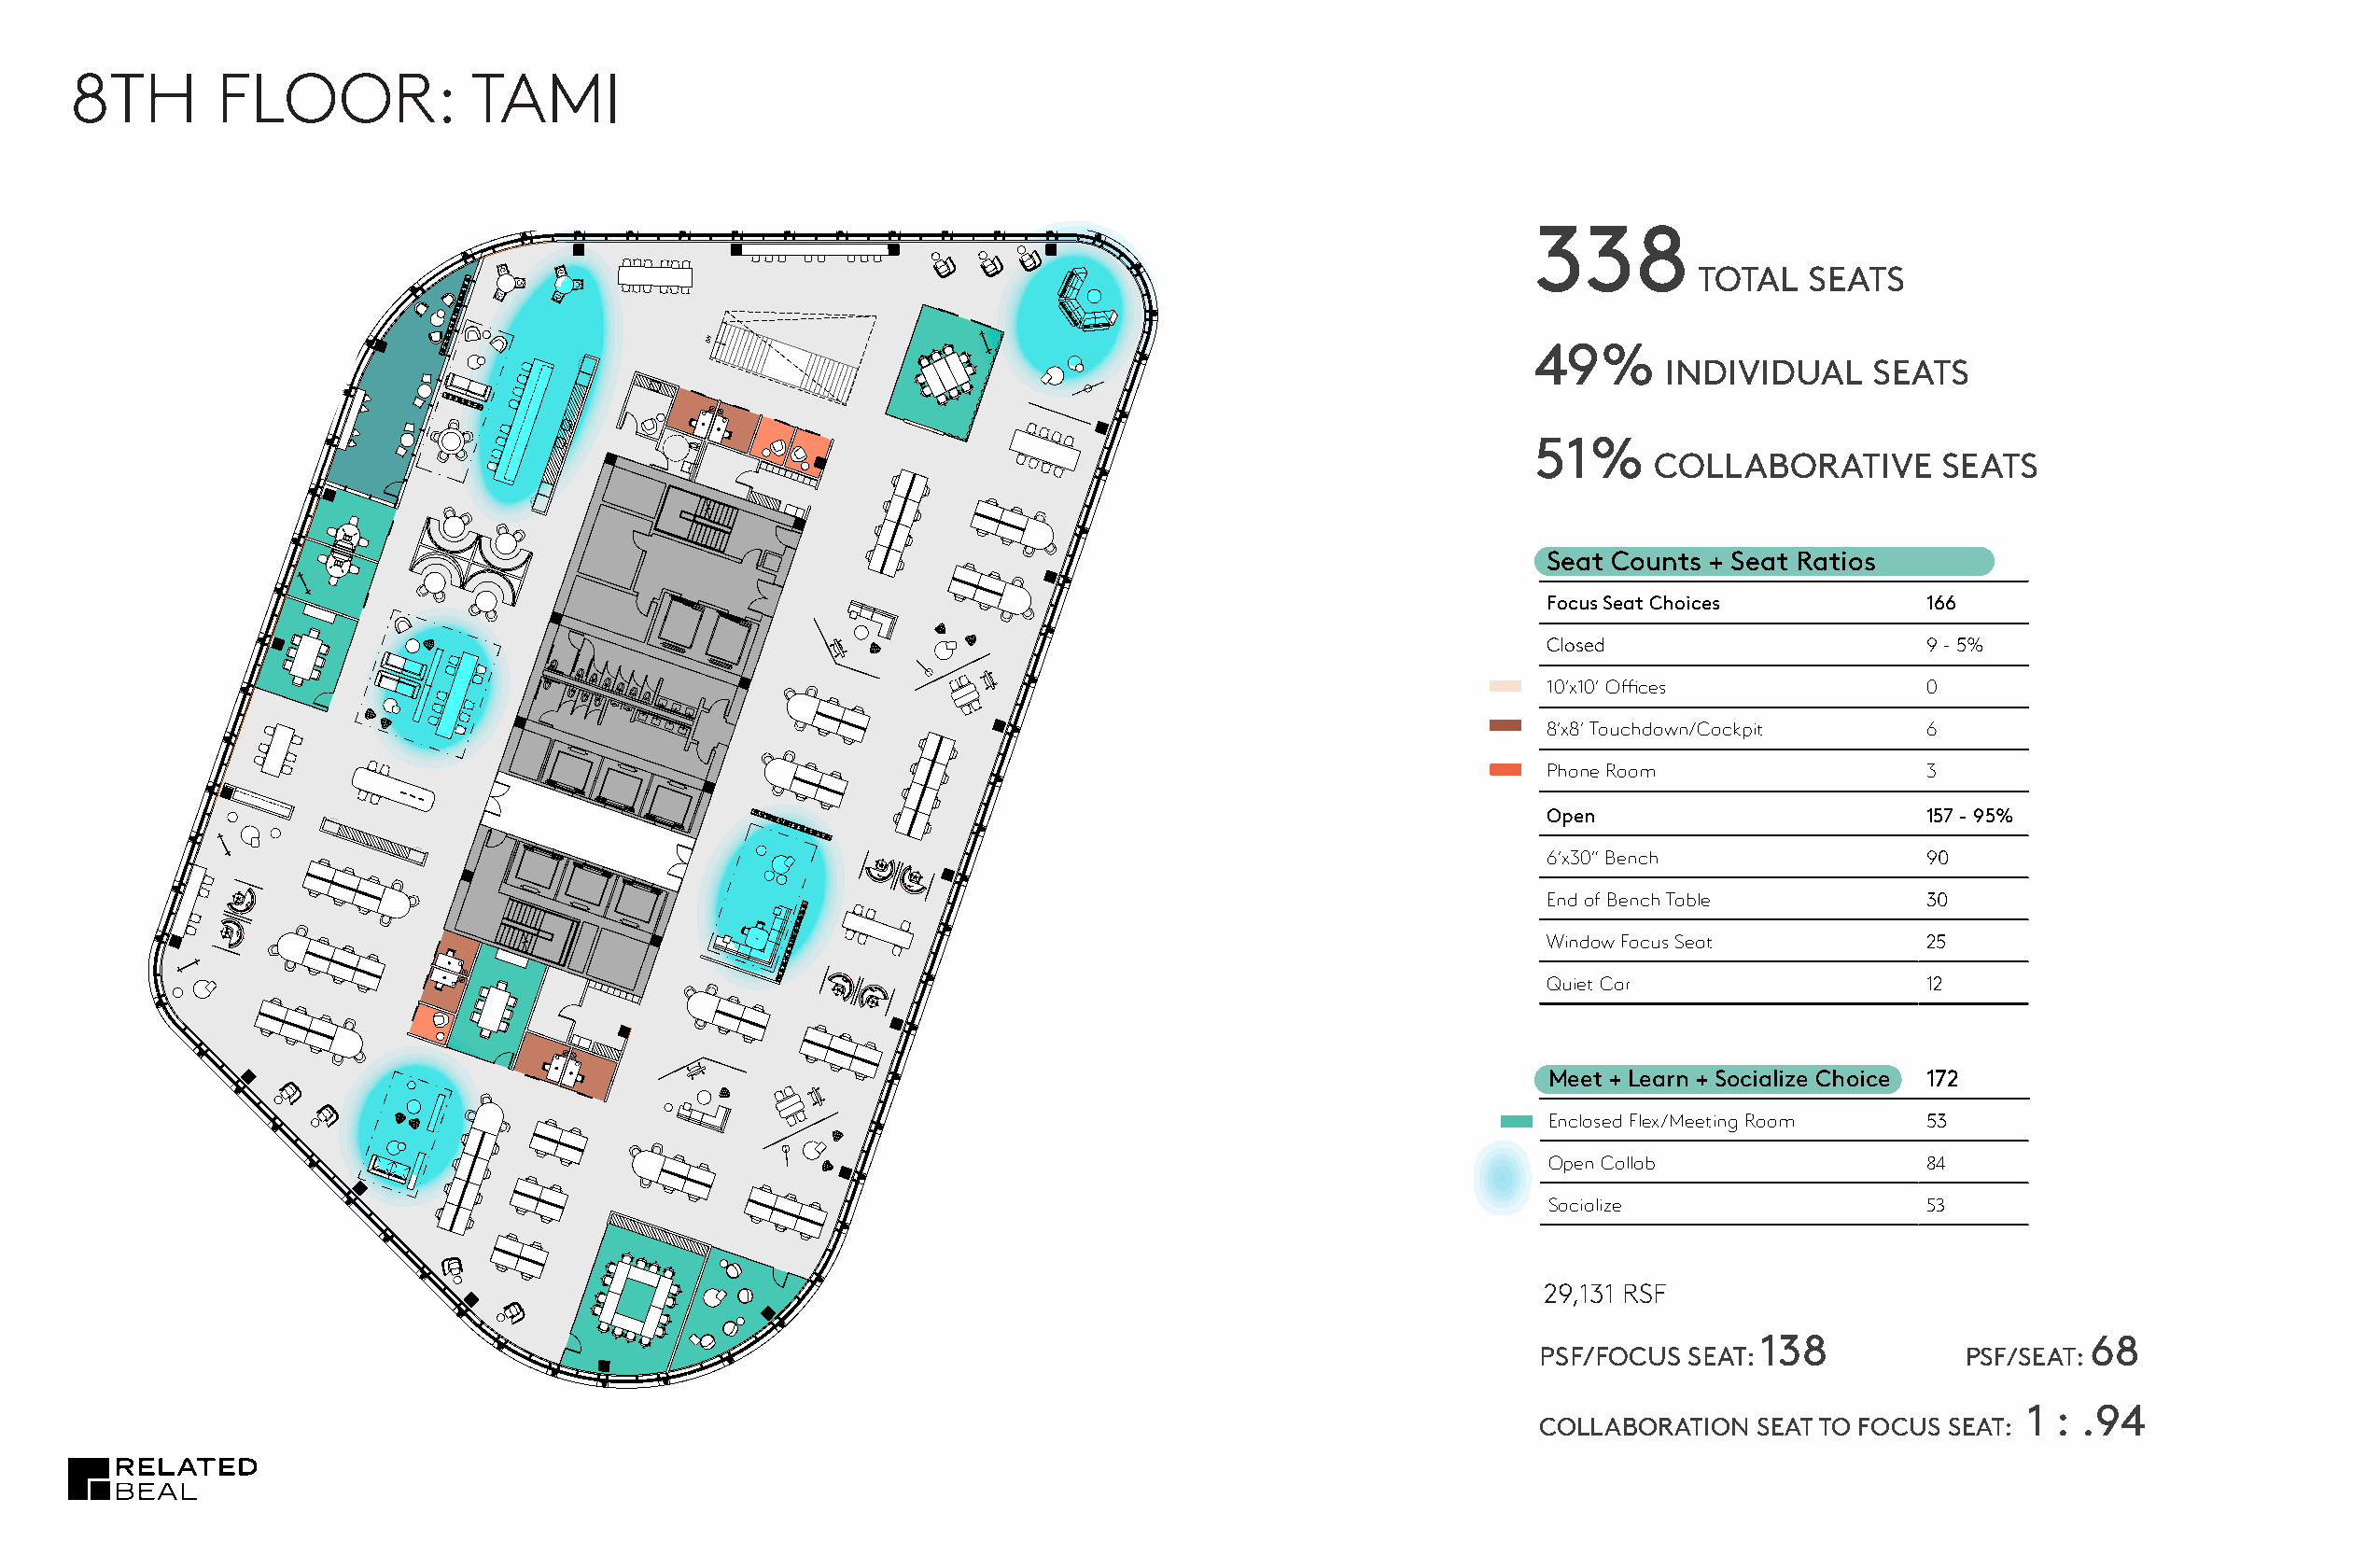
G5    | 8TH      FLOOR         : TAMI
 8TH       FLOOR:            TAMI
 I  F
 M
 29,131 RSF                                                                            S
 A
 7
 T
 2
 8  9
 L  2             338
 2
 TOTAL   SEATS
 DN
 49%
 INDIVIDUAL     SEATS
 51%
 COLLABORATIVE        SEATS
 Seat Counts + Seat Ratios
 Focus Seat Choices         166
 Closed                     9 - 5%
 10’x10’ Offices            0
 8’x8’ Touchdown/Cockpit    6
 Phone Room                 3
 Open                       157 - 95%
 6’x30” Bench               90
 G60J
 G60J
 End of Bench Table         30
 J06G
 J06G                                                                                         Window Focus Seat          25
 G60J                                              Quiet Car                  12
 G60J
 Meet + Learn + Socialize Choice 172
 Enclosed Flex/Meeting Room 53
 Open Collab                84
 Socialize                  53
 22,927    PSF
 TOTAL
 29,131 RSF
 138                    68
 PSF/FOCUS  SEAT:              PSF/SEAT:
 1 : .94
 COLLABORATION   SEAT TO FOCUS SEAT: